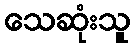
သေဆုံးသူ